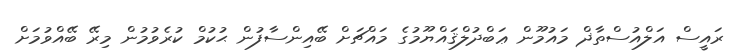
ރައީސް އަލްއުސްތާޛް މައުމޫން ޢަބްދުލްޤައްޔޫމުގެ މައްޗަށް ބޭއިންސާފުން ޙުކުމް ކުރެވުމުން މިރޭ ބޭއްވުމަށް